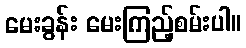
မေးခွန်း မေးကြည့်စမ်းပါ။